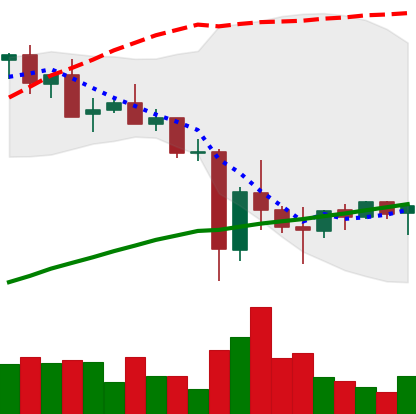
Ticker: XMR-USD
Chart end date: 2021-05-28
Forward return: 11.898%
Label: up_7plus